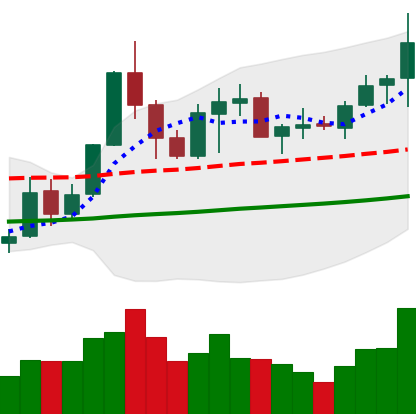
Ticker: NEO-USD
Chart end date: 2019-05-29
Forward return: -6.583%
Label: down_5_7